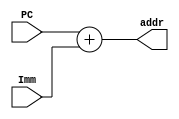
module pre_add(addr, PC, Imm);
input [31:0] PC, Imm;
output [31:0] addr;
assign addr = PC + Imm;
endmodule